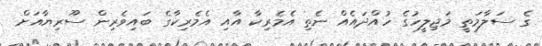
ގެ ސަލާމަތީ މަޖިލީހުގެ ހުއްދައެއް ނެތި އެމެރިކާ އާއި އެމެރިކާގެ ބައިވެރިން ސޫރިޔާއަށް